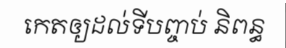
កេតឲ្យដល់ទីបញ្ចប់ និពន្ធ